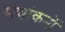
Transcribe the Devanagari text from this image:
मंचांकनों